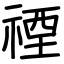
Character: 禋